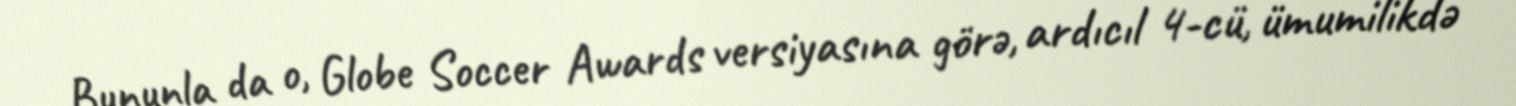
Bununla da o, Globe Soccer Awards versiyasına görə, ardıcıl 4-cü, ümumilikdə